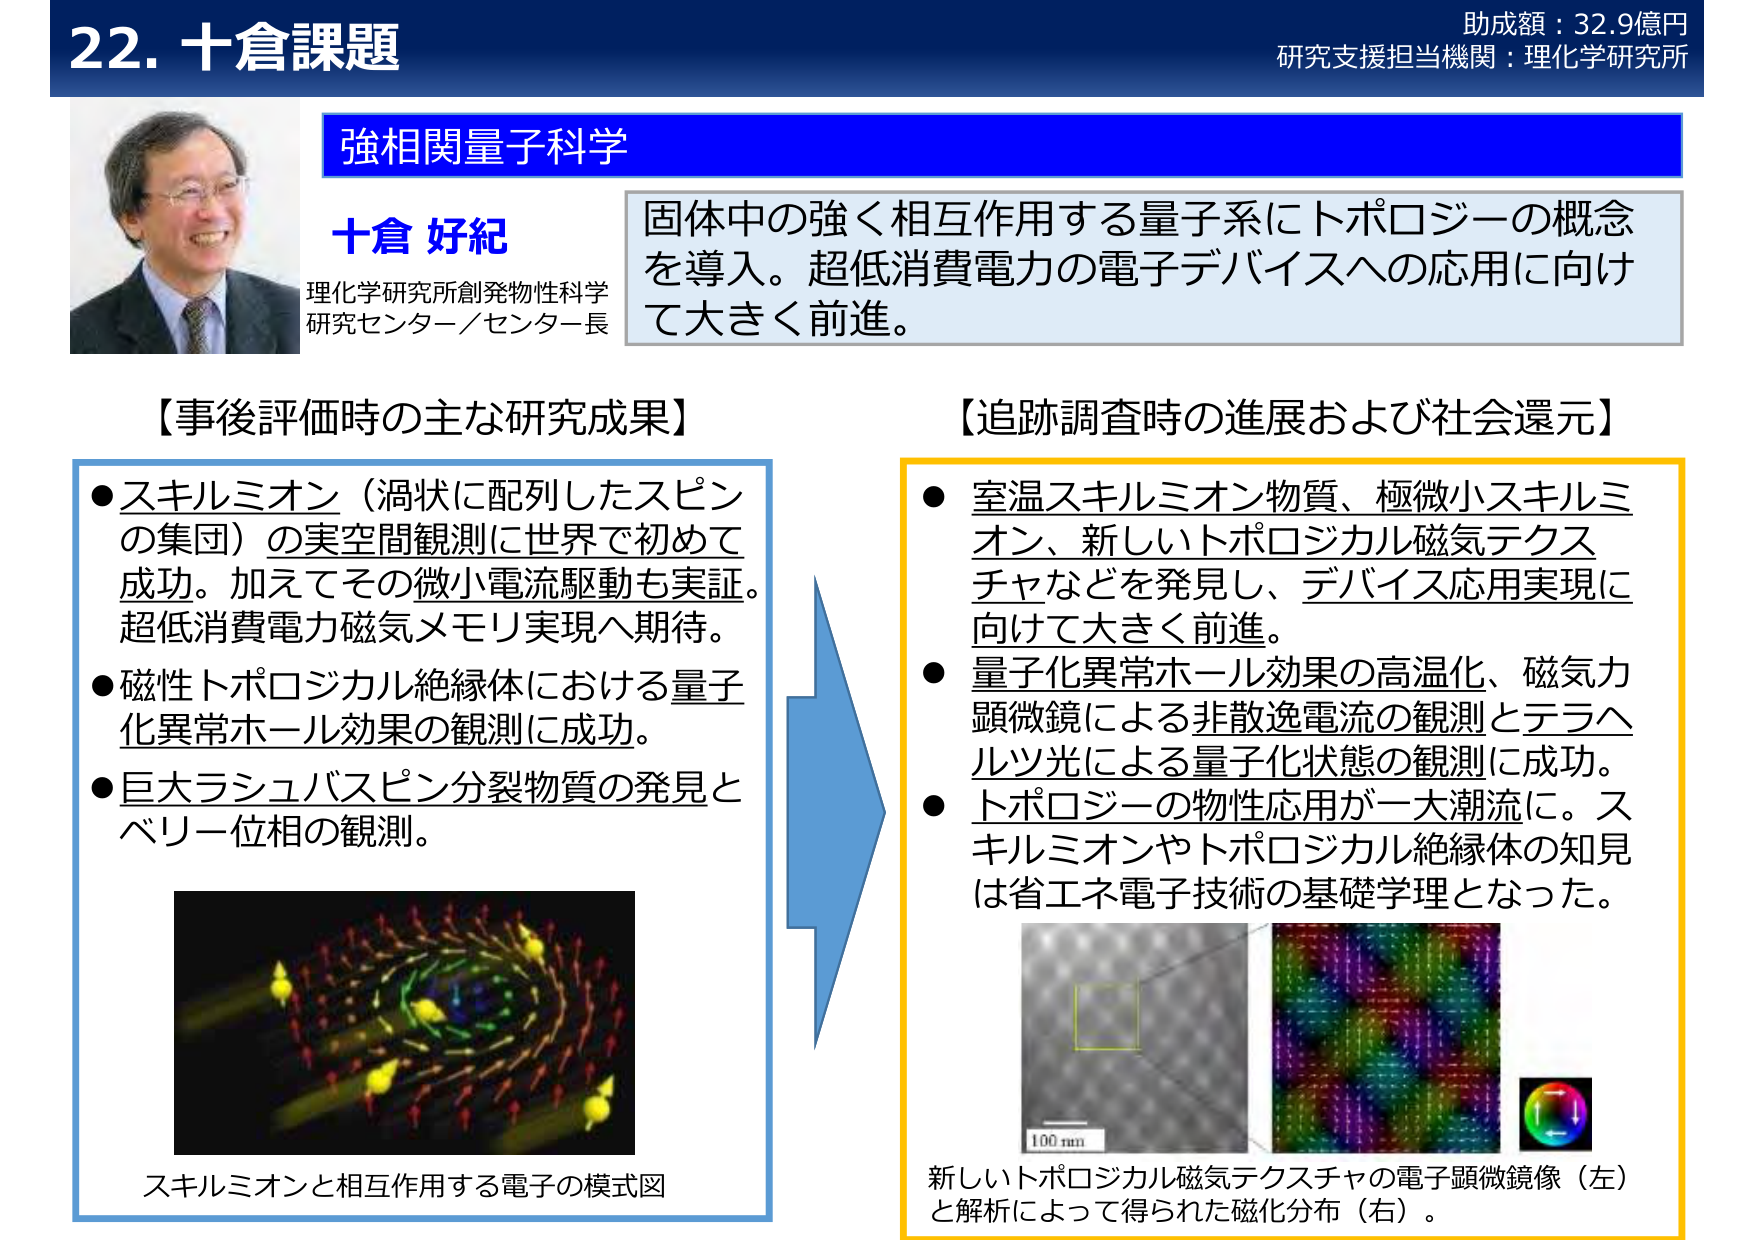
22. 十倉課題
助成額：32.9億円
研究支援担当機関：理化学研究所

強相関量子科学
十倉 好紀
理化学研究所創発物性科学研究センター／センター長

固体中の強く相互作用する量子系にトポロジーの概念を導入。超低消費電力の電子デバイスへの応用に向けて大きく前進。

【事後評価時の主な研究成果】
● スキルミオン（渦状に配列したスピンの集団）の実空間観測に世界で初めて成功。加えてその微小電流駆動も実証。超低消費電力磁気メモリ実現へ期待。
● 磁性トポロジカル絶縁体における量子化異常ホール効果の観測に成功。
● 巨大ラシュバスピン分裂物質の発見とベリー位相の観測。

スキルミオンと相互作用する電子の模式図

【追跡調査時の進展および社会還元】
● 室温スキルミオン物質、極微小スキルミオン、新しいトポロジカル磁気テクスチャなどを発見し、デバイス応用実現に向けて大きく前進。
● 量子化異常ホール効果の高温化、磁気力顕微鏡による非散逸電流の観測とテラヘルツ光による量子化状態の観測に成功。
● トポロジーの物性応用が一大潮流に。スキルミオンやトポロジカル絶縁体の知見は省エネ電子技術の基礎学理となった。

新しいトポロジカル磁気テクスチャの電子顕微鏡像（左）と解析によって得られた磁化分布（右）。
100 nm